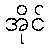
အိုင်